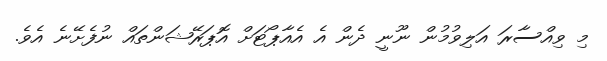
މި ވިއްސާރަ އަލިވުމުން ނޫނީ ދެން އެ އެއާޕޯޓަށް އޮޕަރޭޝަންތައް ނުފެށޭނެ އެވެ.